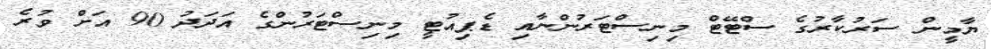
ޔާމީން ސަރުކާރުގެ ސްޓޭޓް މިނިސްޓަރުންނާއި ޑެޕިއުޓީ މިނިސްޓަރުންގެ އަދަދު 90 އަށް ވުރެ